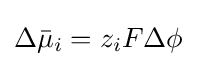
\Delta {\bar {\mu }}_{i}=z_{i}F\Delta \phi